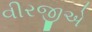
વીરજીએ